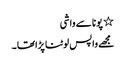
٭ پونا سے واشی
مجھے واپس لوٹنا پڑاتھا ۔